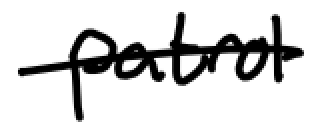
Text: patrol
Cross-out: mix
Writing tool: digital_black